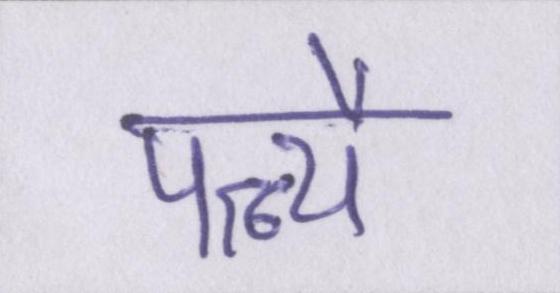
पत्न्यै